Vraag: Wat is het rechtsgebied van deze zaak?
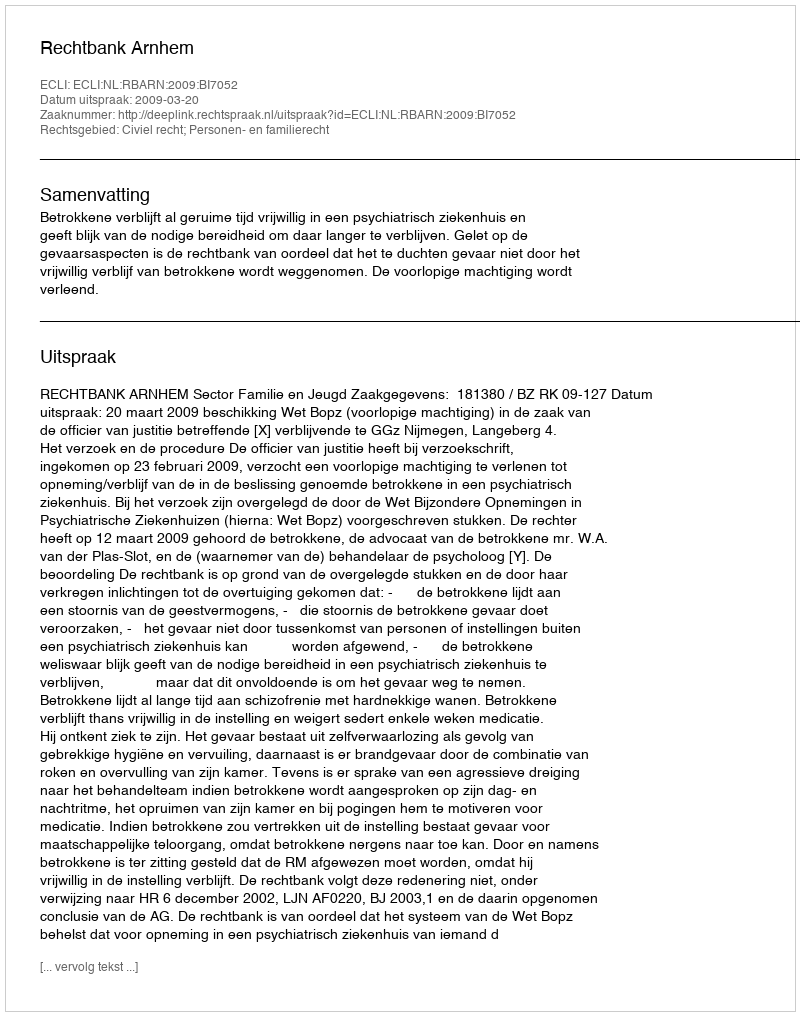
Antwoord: Civiel recht; Personen- en familierecht